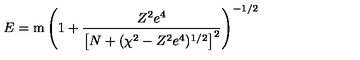
E = \mathrm { m } \left( 1 + \frac { Z ^ { 2 } e ^ { 4 } } { \left[ N + ( \chi ^ { 2 } - Z ^ { 2 } e ^ { 4 } ) ^ { 1 / 2 } \right] ^ { 2 } } \right) ^ { - 1 / 2 }